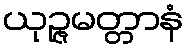
ယုဉ္ဇမတ္တာနံ